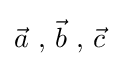
{\vec {a}}\ ,\,{\vec {b}}\ ,\,{\vec {c}}